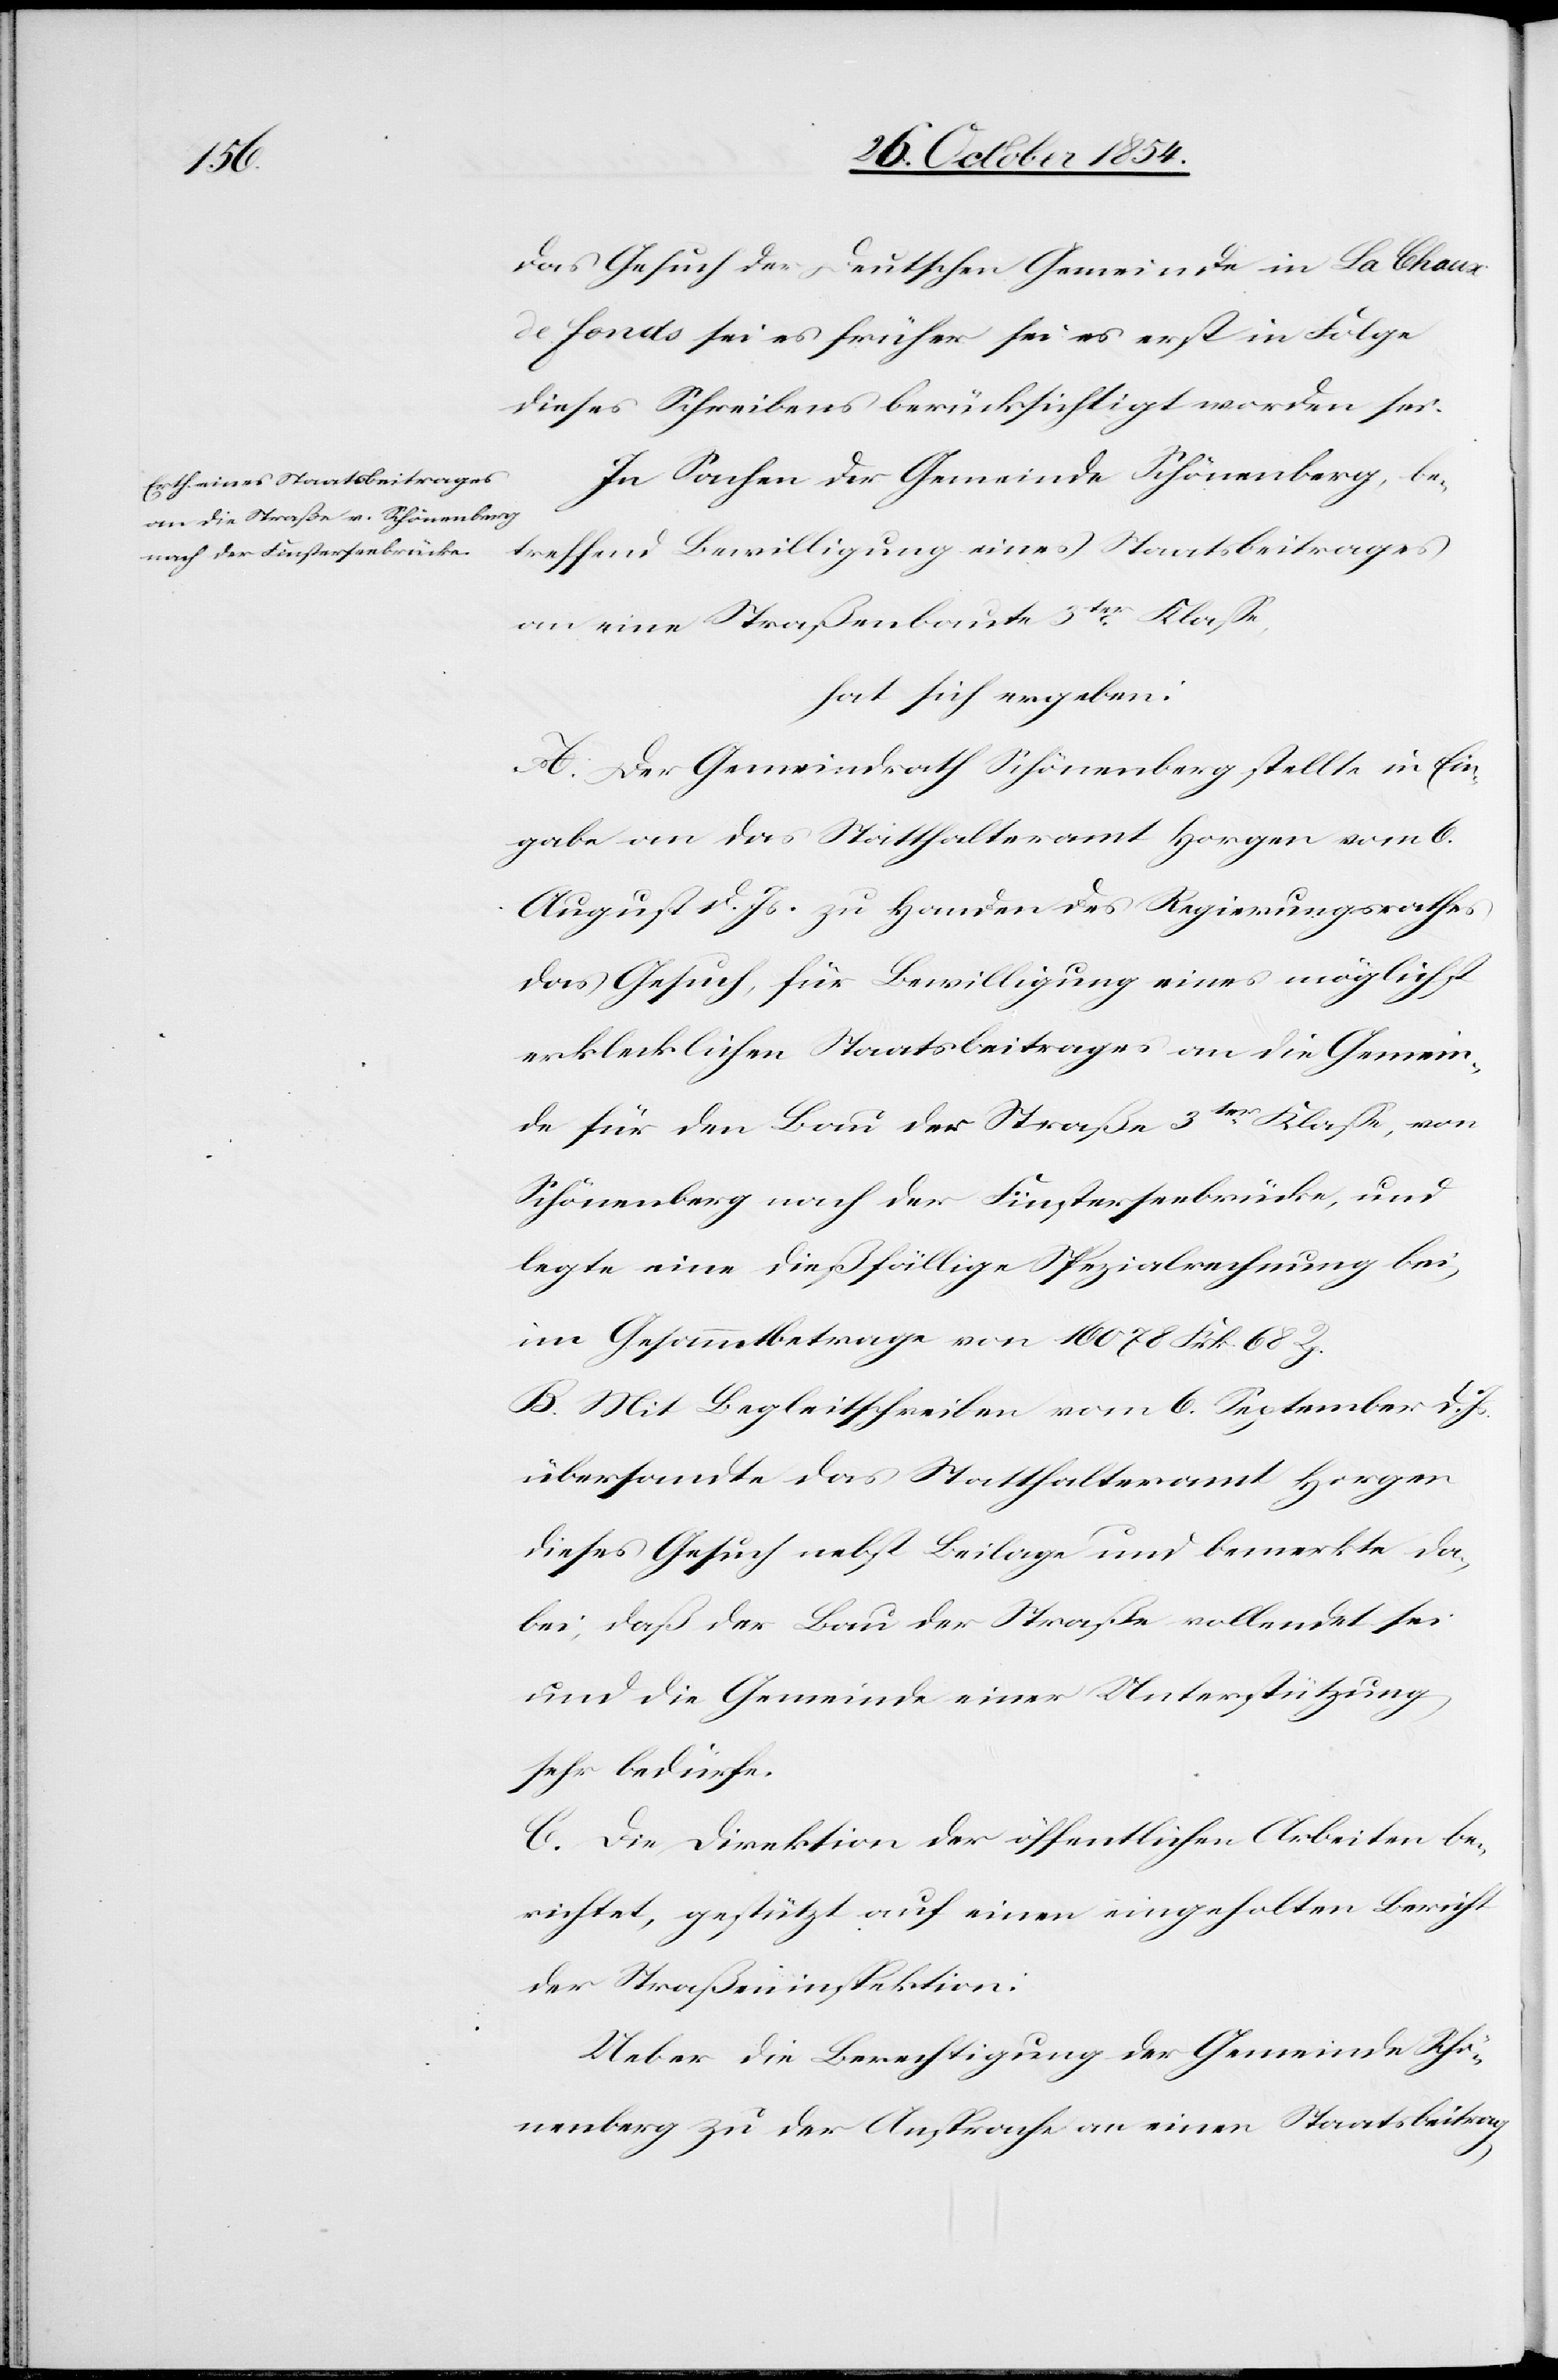
das Gesuch der Deutschen Gemeinde in La Chaux
de Fonds sei es früher sei es erst in Folge
dieses Schreibens berücksichtigt worden sei.
In Sachen der Gemeinde Schönenberg, be¬
treffend Bewilligung eines Staatsbeitrages
an eine Straßenbaute 3ter Klaße,
hat sich ergeben:
A. Der Gemeindrath Schönenberg stellte in Ein¬
gabe an das Statthalteramt Horgen vom 6.
August d. Js. zu Handen des Regierungsrathes
das Gesuch, für Bewilligung eines möglichst
erklecklichen Staatsbeitrages an die Gemein¬
de für den Bau der Straße 3ter Klaße, von
Schönenberg nach der Finsterseebrücke, und
legte eine dießfällige Spezialrechnung bei,
im Gesammtbetrage von 16 078 Frk. 68 Rp.
B. Mit Begleitschreiben vom 6. September d. Js.
übersandte das Statthalteramt Horgen
dieses Gesuch nebst Beilage und bemerkte da¬
bei, daß der Bau der Straße vollendet sei
und die Gemeinde einer Unterstützung
sehr bedürfe.
C. Die Direktion der öffentlichen Arbeiten be¬
richtet, gestützt auf einen eingeholten Bericht
der Straßeninspektion:
Ueber die Berechtigung der Gemeinde Schö¬
nenberg zu der Ansprache an einen Staatsbeitrag